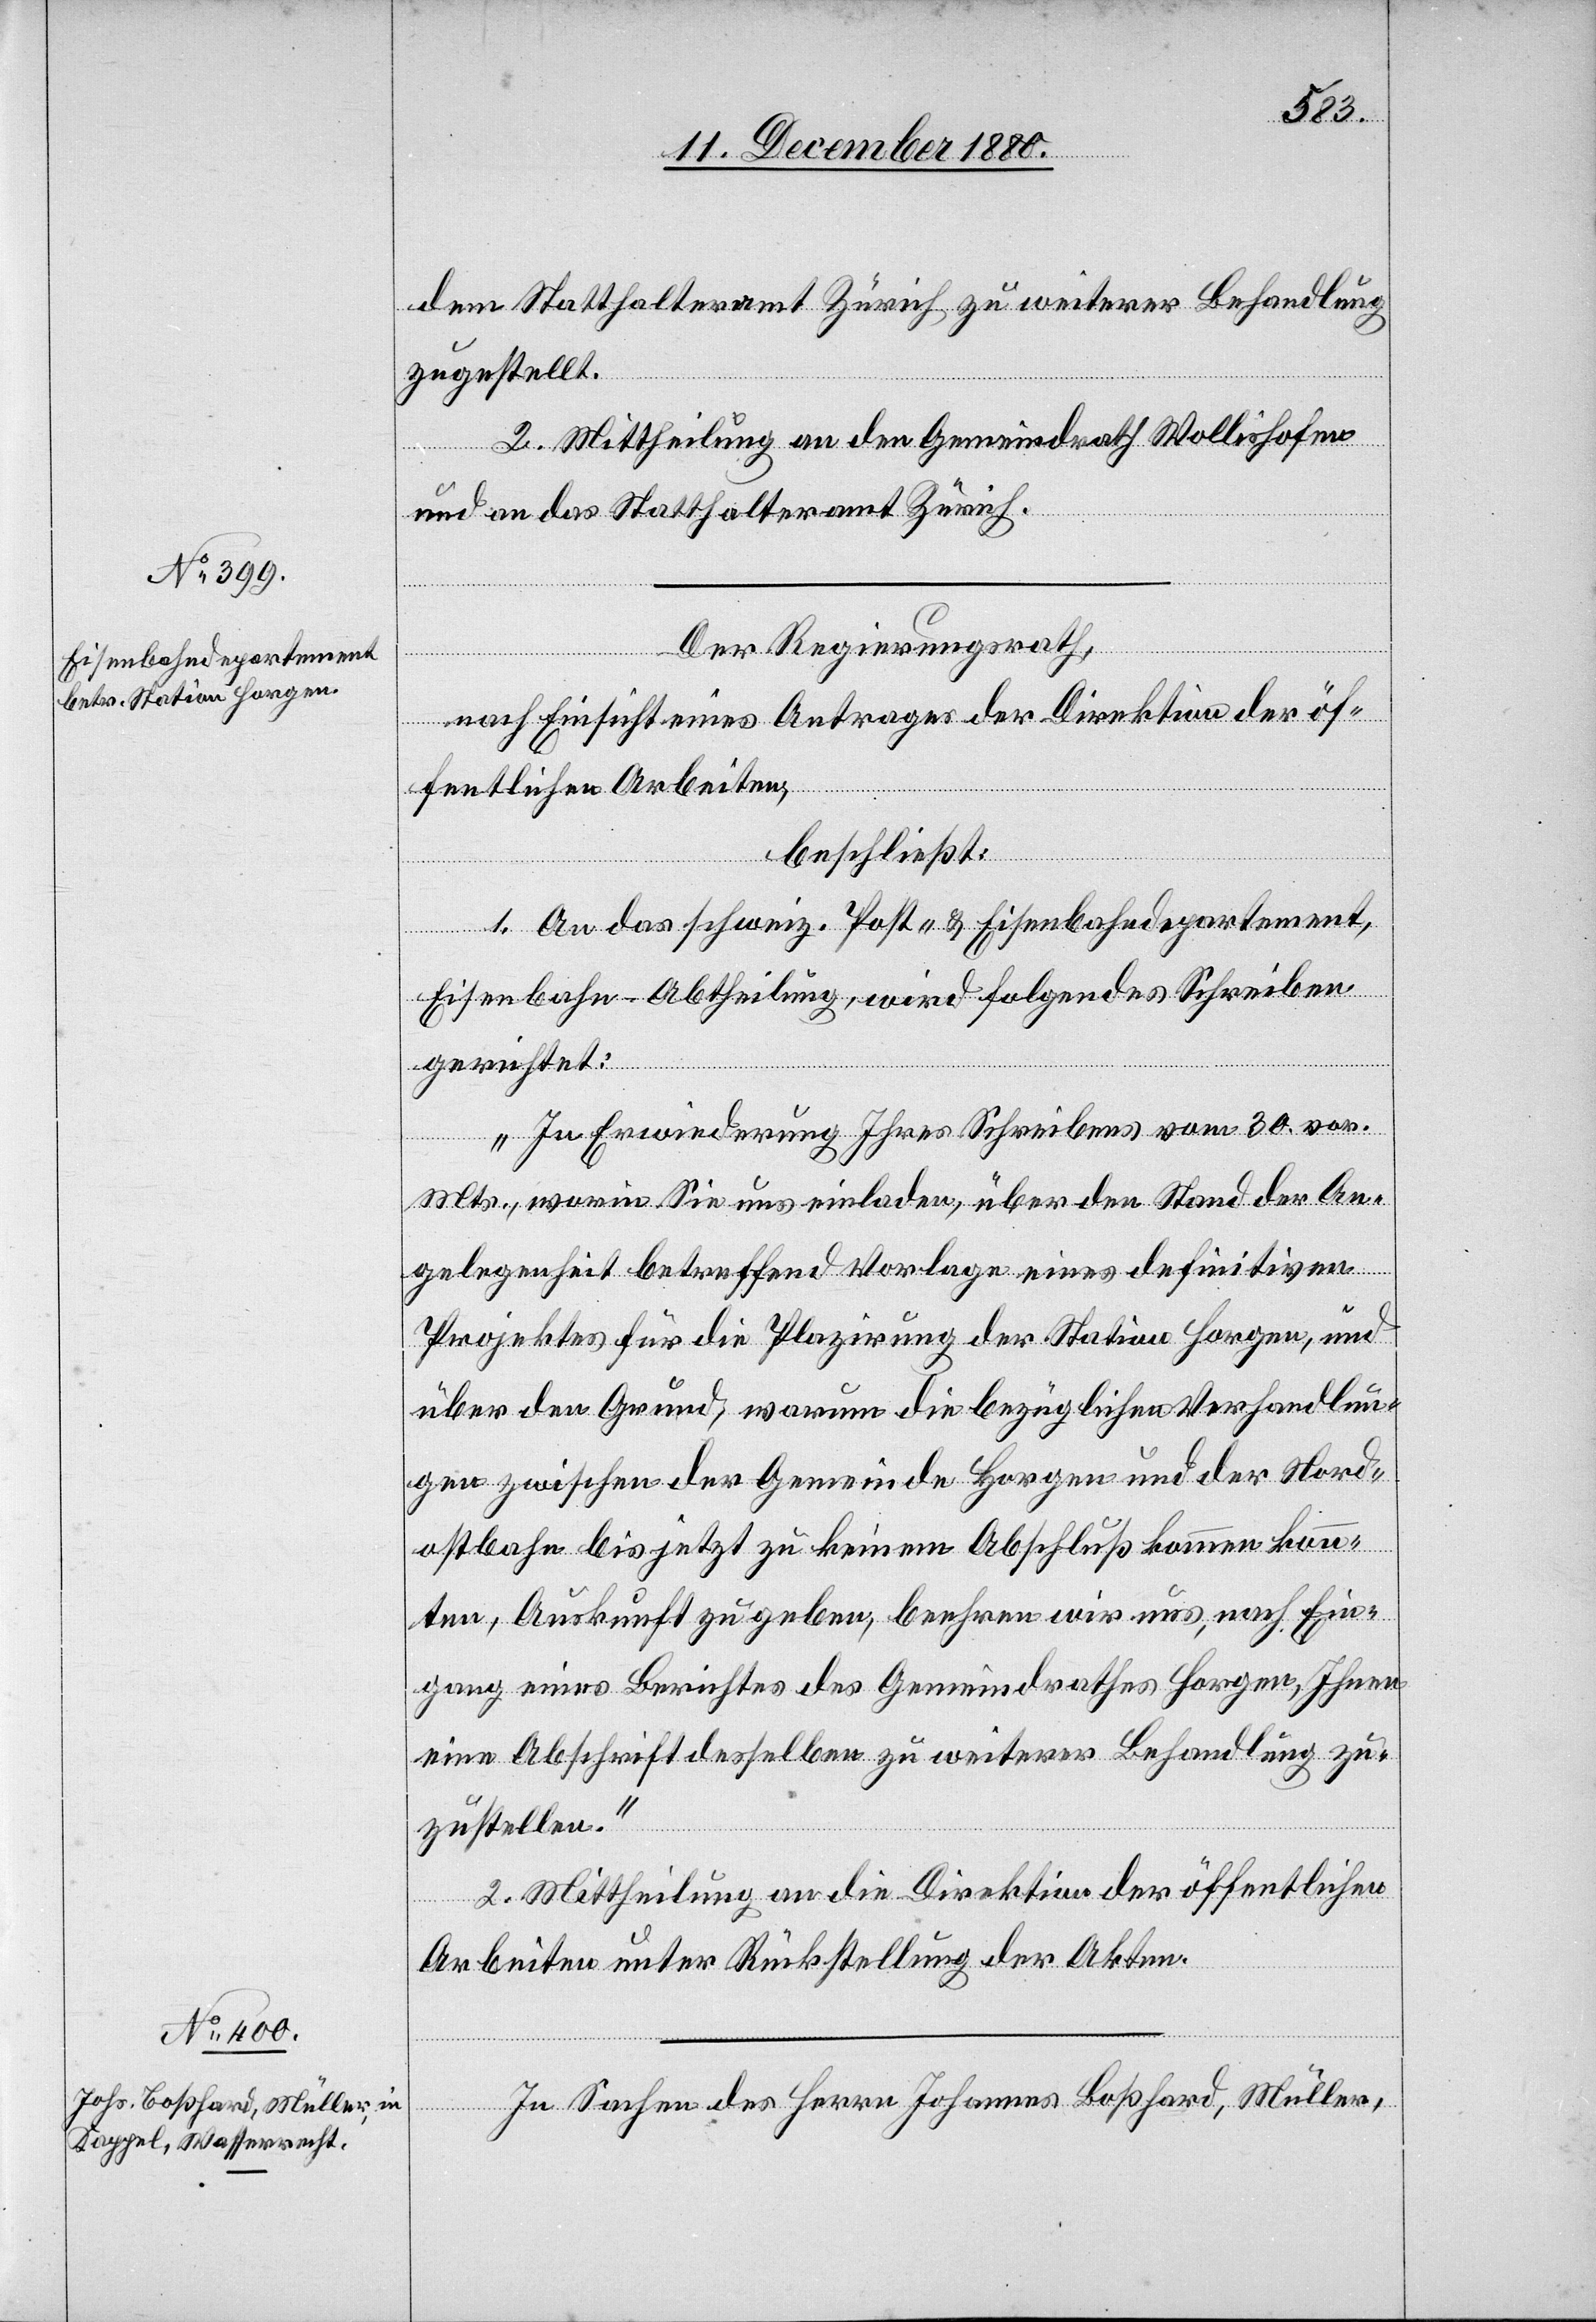
dem Statthalteramt Zürich zu weiterer Behandlung
zugestellt.
2. Mittheilung an den Gemeindrath Wollishofen
und an das Statthalteramt Zürich.
Der Regierungsrath,
nach Einsicht eines Antrages der Direktion der öf¬
fentlichen Arbeiten,
beschließt:
1. An das schweiz. Post- &Eisenbahndepartement,
Eisenbahn-Abtheilung, wird folgendes Schreiben
gerichtet:
„In Erwiederung Ihres Schreibens vom 30. vor.
Mts., worin Sie uns einladen, über den Stand der An¬
gelegenheit betreffend Vorlage eines definitiven
Projektes für die Plazirung der Station Horgen, und
über den Grund, warum die bezüglichen Verhandlun¬
gen zwischen der Gemeinde Horgen und der Nord¬
ostbahn bis jetzt zu keinem Abschluß kommen konn¬
ten, Auskunft zu geben, beehren wir uns, nach Ein¬
gang eines Berichtes des Gemeindrathes Horgen, Ihnen
eine Abschrift desselben zu weiterer Behandlung zu¬
zustellen.“
2. Mittheilung an die Direktion der öffentlichen
Arbeiten unter Rückstellung der Akten.
In Sachen des Johannes Boßhard, Müller,